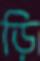
ড়ি